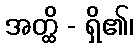
အတ္ထိ - ရှိ၏၊